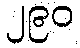
၂၉၀